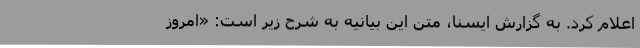
اعلام کرد. به گزارش ایسنا، متن این بیانیه به شرح زیر است: «امروز